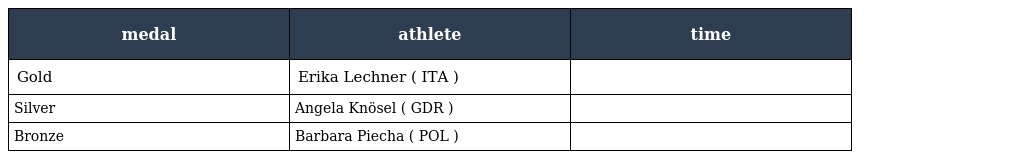
| medal | athlete | time |
 | --- | --- | --- |
 | Gold | Erika Lechner ( ITA ) |  |
 | Silver | Angela Knösel ( GDR ) |  |
 | Bronze | Barbara Piecha ( POL ) |  |